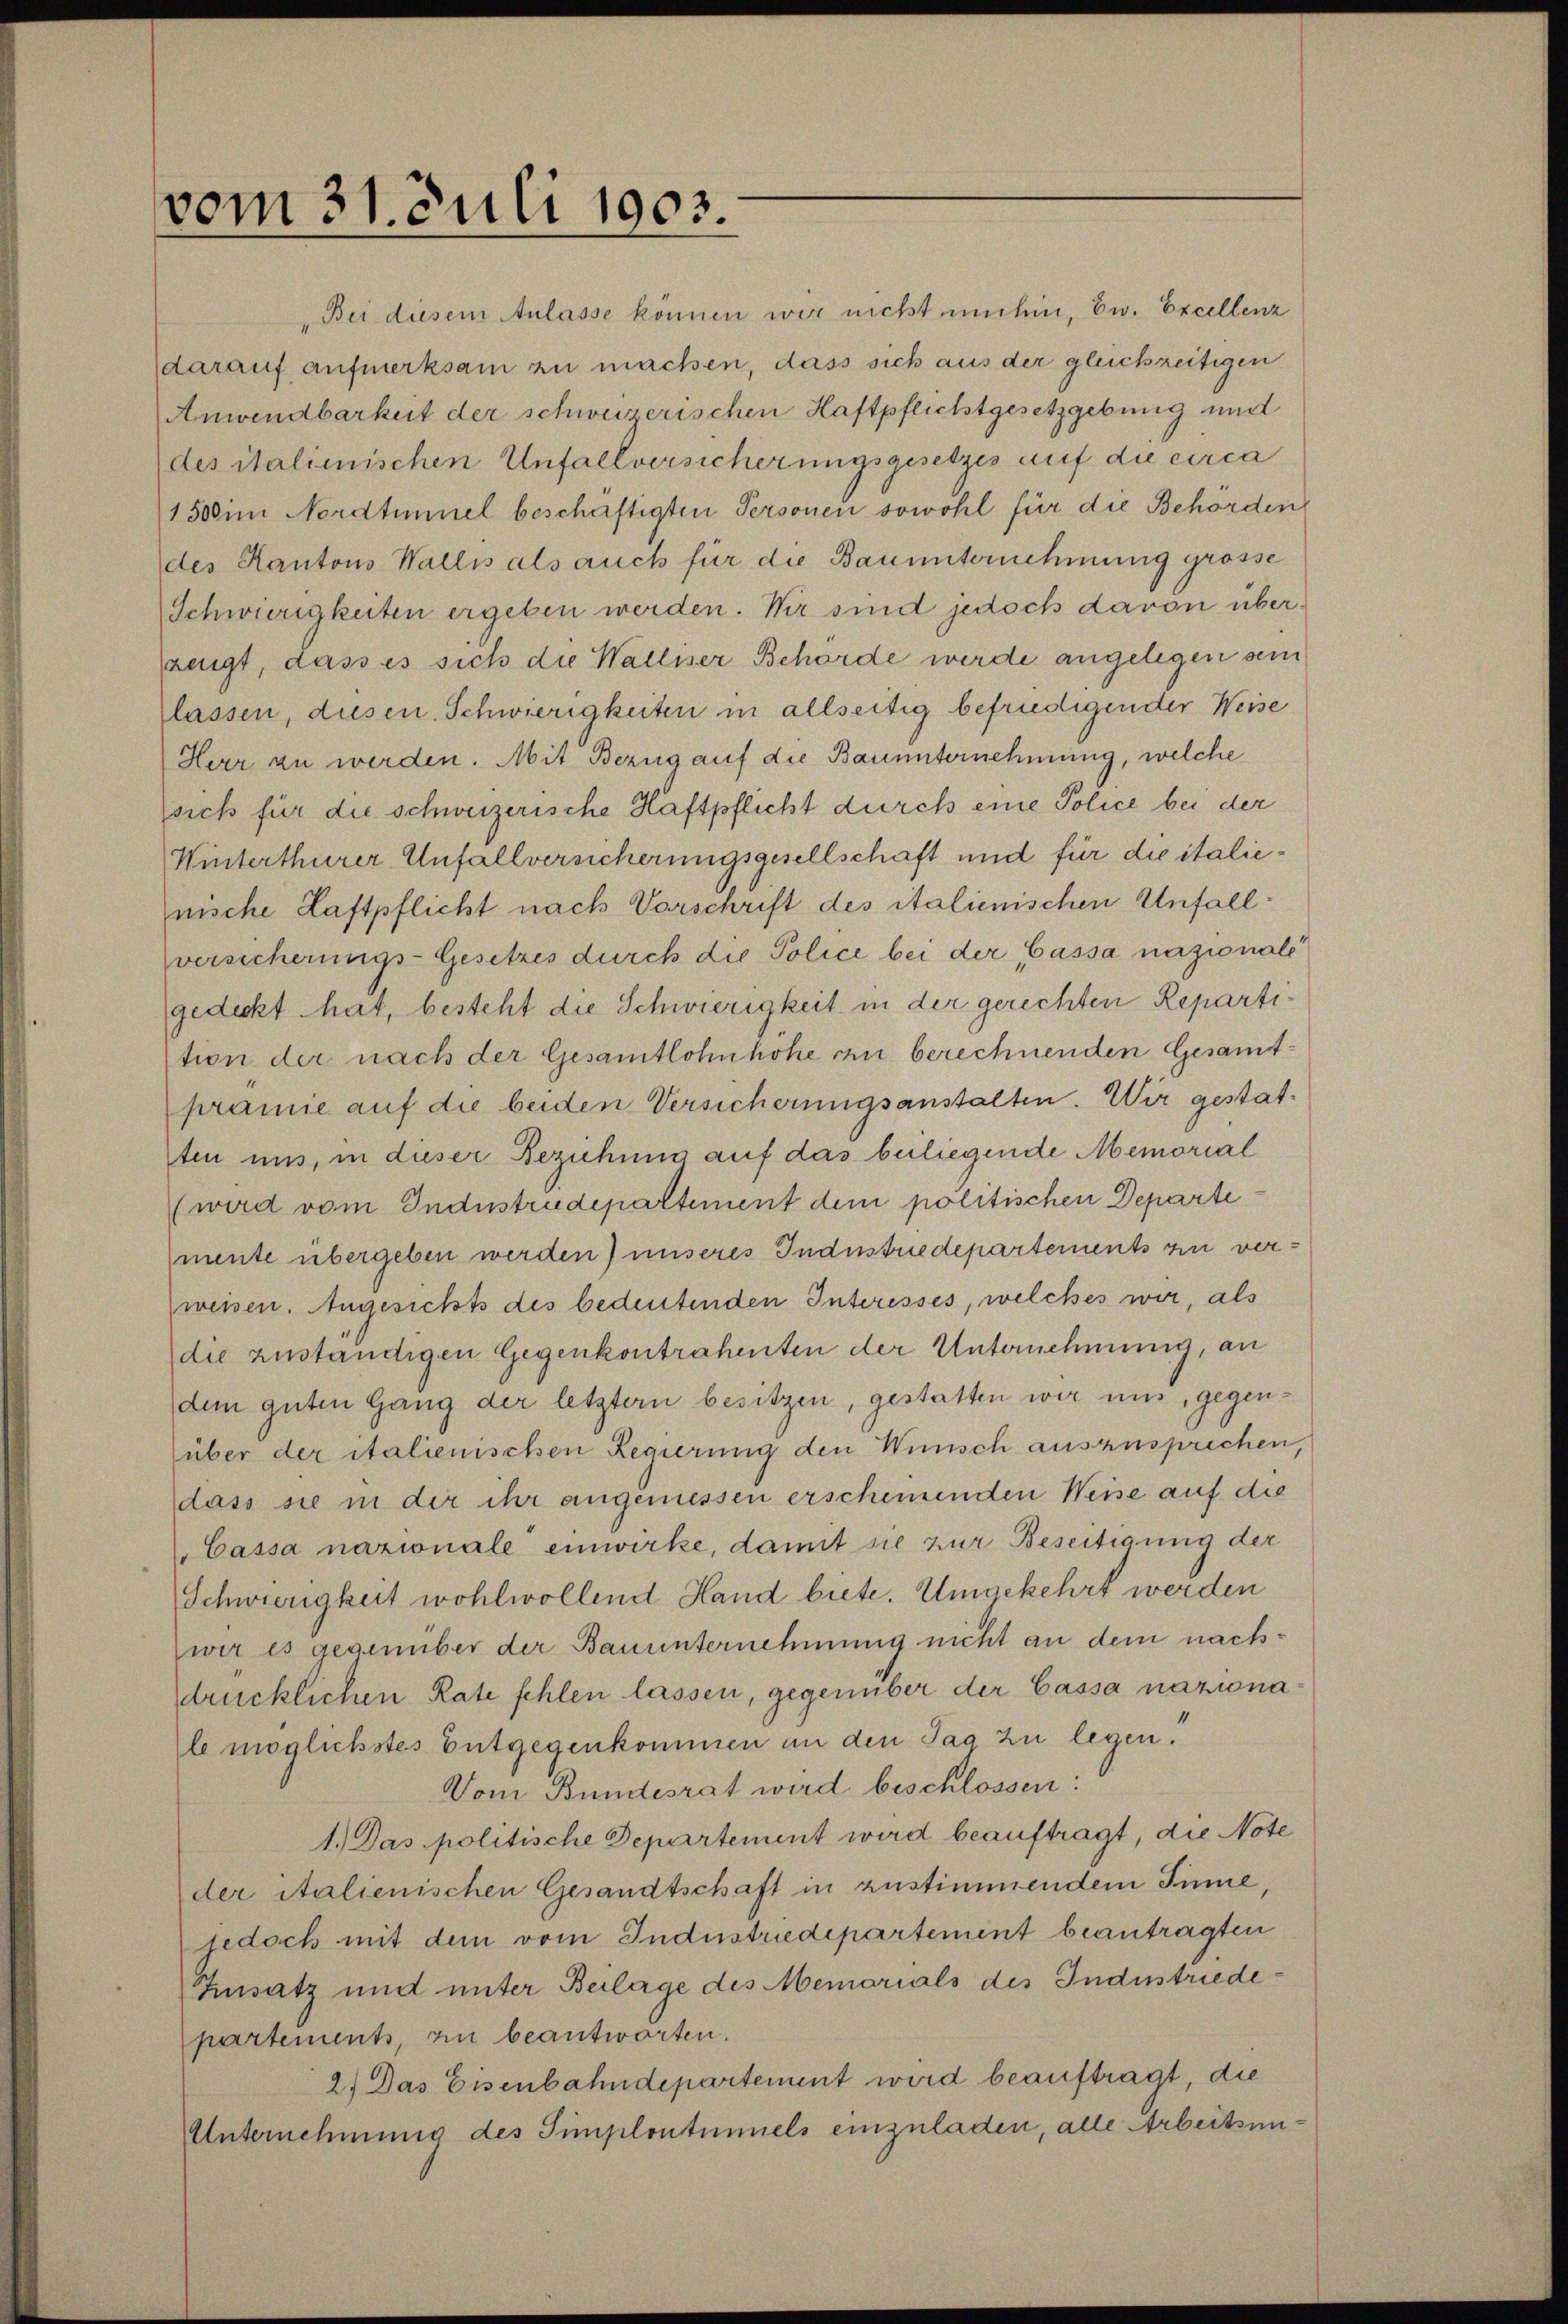
vom 31. Juli 1903.

des italienischen Unfallversicherungsgesetzes auf die circa
1500 im Nordtimmel beschäftigten Personen sowohl für die Behörden
des Kantons Wallis als auch für die Bauunternehmung grosse
Schwierigkeiten ergeben werden. Wir sind jedoch davon überzeigt, dass es sich die Walliser Behörde werde angelegen sein
lassen, diesen Schwierigkeiten in allseitig befriedigender Weise
Herr zu werden. Mit Bezug auf die Bauunternehmung, welche
sich für die schweizerische Haftpflicht durch eine Police bei der
Winterthurer Unfallversicherungsgesellschaft und für die italienische Haftpflicht nach Vorschrift des italienischen Unfallversicherungs-Gesetzes durch die Police bei der Cassa nazionale
gedeckt hat, besteht die Schwierigkeit in der gerichten Repartition der nach der Gesamtlohn hohe zu berechnenden Gesamt-
prämie auf die beiden Versicherungsanstalten. Wir gestat¬
Aten uns, in dieser Beziehung auf das beliegende Memorial
(wird vom Industrudepartement dem politischen Departemente übergeben werden) unseres Industriedepartements zu verweisen. Angesichts des bedeutenden Interesses, welches wir, als
die zuständigen Gegenkontrahenten der Unternehmung, an
dem guten Gang der letztern besitzen, gestatten wir uns, gegenüber der italienischen Regierung den Wünsch auszusprechen,
dass sie in der ihr angemessen erscheinenden Weise auf die
Cassa nazionale einwirke, damit sie zur Beseitigung der
Schwierigkeit wohlwollend Hand biete. Umgekehrt werden
wir es gegenüber der Bauunternehmung nicht an dem nachdrücklichen Rate fehlen lassen, gegenüber der Cassa nazionale möglichstes Entgegenkommen an den Tag zu legen.
Vom Bundesrat wird beschlossen:
1.) Das politische Departement wird beauftragt, die Note
der italienischen Gesandtschaft in zustimmendem Sinne,
jedoch mit dem vom Industriedepartement beantragten
Zusatz und unter Beilage des Memorials des Industriedepartements, zu beantworten.
2.) Das Eisenbahndepartement wird beauftragt, die
Unternehmung des Simplontinnels einzuladen, alle Arbeitsun¬

Bei diesem Anlasse können wir nicht umhin, Ew. Excellenz
darauf aufmerksam zu machen, dass sich aus der gleichzeitigen
Anwendbarkeit der schweizerischen Haftpflichstgesetzgebung und